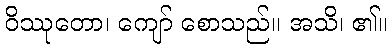
ဝိဿုတော၊ ကျော် စောသည်။ အသိ၊ ၏။